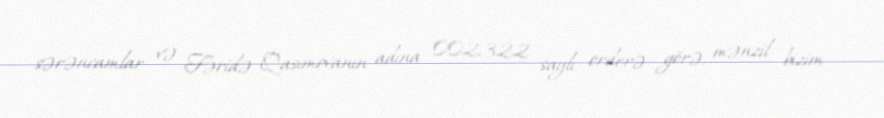
sərəncamlar və Fəridə Qasımovanın adına 002322 saylı orderə görə, mənzil bizim